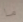
ما